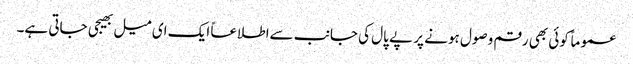
عموماً کوئی بھی رقم وصول ہونے پر پے پال کی جانب سےاطلاعاً ایک ای میل بھیجی جاتی ہے۔